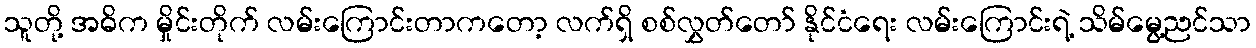
သူတို့ အဓိက မှိုင်းတိုက် လမ်းကြောင်းတာကတော့ လက်ရှိ စစ်လွှတ်တော် နိုင်ငံရေး လမ်းကြောင်းရဲ့ သိမ်မွေ့ညင်သာ